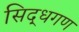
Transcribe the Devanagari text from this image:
सिद्धगण